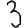
Digit: 3